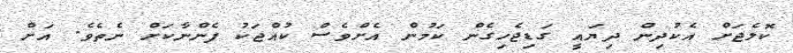
ކޮލެޖަށް އެކުދިން ދިޔައީ ގަޑިޖެހިގެން ކަމުން އެށްވެސް ކުއްޖަކު ފެންނާކަށް ނެތެވެ. އަށް